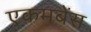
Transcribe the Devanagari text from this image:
एकमबेंस